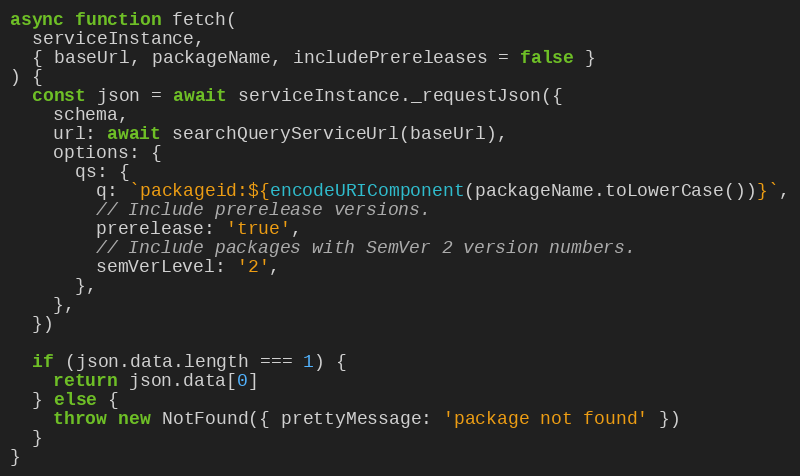
Language: JavaScript
async function fetch(
  serviceInstance,
  { baseUrl, packageName, includePrereleases = false }
) {
  const json = await serviceInstance._requestJson({
    schema,
    url: await searchQueryServiceUrl(baseUrl),
    options: {
      qs: {
        q: `packageid:${encodeURIComponent(packageName.toLowerCase())}`,
        // Include prerelease versions.
        prerelease: 'true',
        // Include packages with SemVer 2 version numbers.
        semVerLevel: '2',
      },
    },
  })

  if (json.data.length === 1) {
    return json.data[0]
  } else {
    throw new NotFound({ prettyMessage: 'package not found' })
  }
}